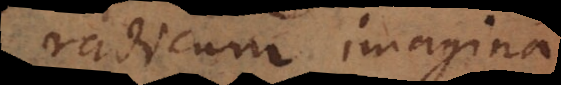
radicum imaginariarum